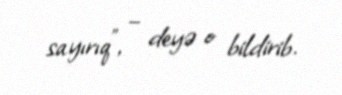
sayırıq”, – deyə o bildirib.